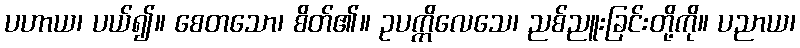
ပဟာယ၊ ပယ်၍။ စေတသော၊ စိတ်၏။ ဥပက္ကိလေသေ၊ ညစ်ညူးခြင်းတို့ကို။ ပညာယ၊